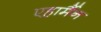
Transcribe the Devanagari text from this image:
एहार्मैन